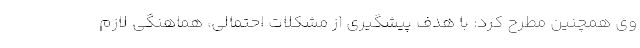
وی همچنین مطرح کرد: با هدف پیشگیری از مشکلات احتمالی، هماهنگی لازم